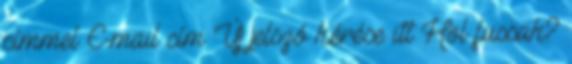
címmel E-mail cím Új jelszó kérése itt Hol fussak?